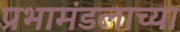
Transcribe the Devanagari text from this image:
प्रभामंडलाच्या